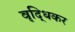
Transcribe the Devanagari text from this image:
वृद्धिकर